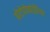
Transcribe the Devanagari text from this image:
प्रोटोपोर्फाईरिया